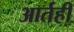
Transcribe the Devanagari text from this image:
आर्तही